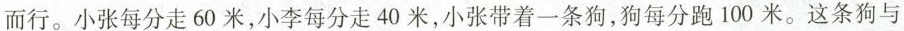
而行。小张每分走60米，小李每分走40米，小张带着一条狗，狗每分跑100米。这条狗与